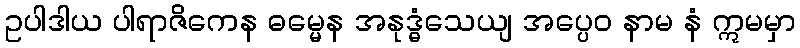
ဥပါဒါယ ပါရာဇိကေန ဓမ္မေန အနုဒ္ဓံသေယျ အပ္ပေဝ နာမ နံ ဣမမှာ